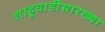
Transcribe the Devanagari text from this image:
शाहूवाडीसारख्या